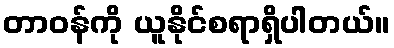
တာဝန်ကို ယူနိုင်စရာရှိပါတယ်။